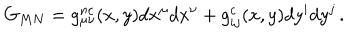
G _ { M N } = g _ { \mu \nu } ^ { n c } ( x , y ) d x ^ { \mu } d x ^ { \nu } + g _ { i j } ^ { c } ( x , y ) d y ^ { i } d y ^ { j } \, .